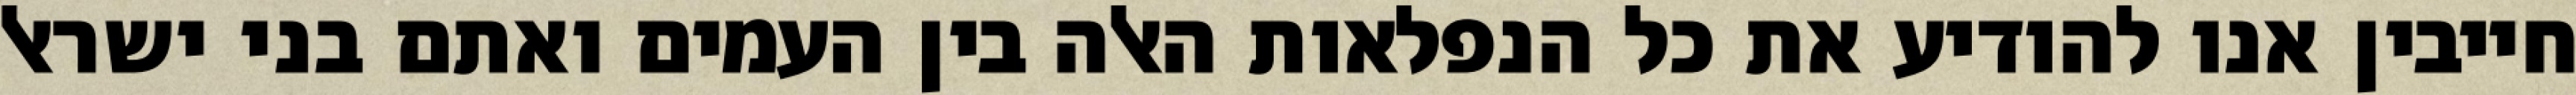
חייבין אנו להודיע את כל הנפלאות האלה בין העמים ואתם בני ישראל